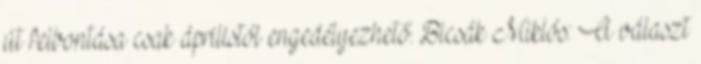
út felbontása csak áprilistól engedélyezhető. Bicsák Miklós: A választ